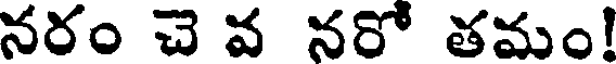
నరం చె వ నరో తమం!